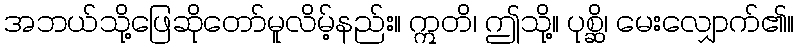
အဘယ်သို့ဖြေဆိုတော်မူလိမ့်နည်း။ ဣတိ၊ ဤသို့။ ပုစ္ဆိ၊ မေးလျှောက်၏။